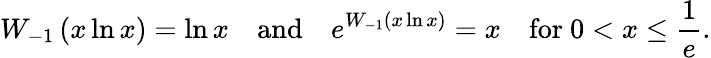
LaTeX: W_{-1}\left(x\ln x\right)=\ln x\quad{\mathrm{and}}\quad e^{W_{-1}\left(x\ln x\right)}=x\quad{\mathrm{for~}}0<x\leq{\frac{1}{e}}.